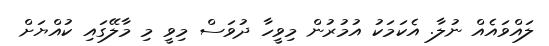
ލައްވައެއް ނުލާ. އެކަމަކު އުމުރުން މިވީހާ ދުވަސް މިވީ މި މާލޭގައި ކުއްޔަށް